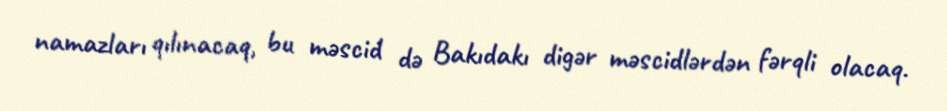
namazları qılınacaq, bu məscid də Bakıdakı digər məscidlərdən fərqli olacaq.